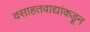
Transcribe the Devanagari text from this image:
वसाहतवाद्यांकडून